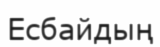
Есбайдың